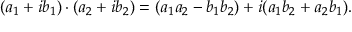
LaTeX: ( a _ { 1 } + i b _ { 1 } ) \cdot ( a _ { 2 } + i b _ { 2 } ) = ( a _ { 1 } a _ { 2 } - b _ { 1 } b _ { 2 } ) + i ( a _ { 1 } b _ { 2 } + a _ { 2 } b _ { 1 } ) .